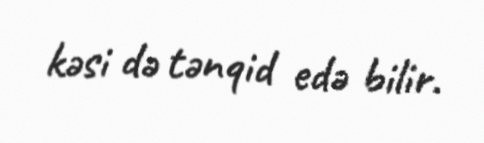
kəsi də tənqid edə bilir.